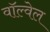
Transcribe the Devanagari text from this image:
वॉल्वेल